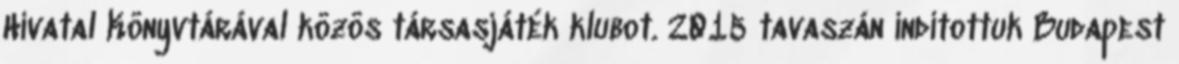
Hivatal Könyvtárával közös társasjáték klubot. 2015 tavaszán indítottuk Budapest